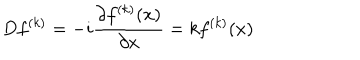
D f ^ { ( k ) } = - i \frac { \partial f ^ { ( k ) } ( x ) } { \partial x } = k f ^ { ( k ) } ( x )